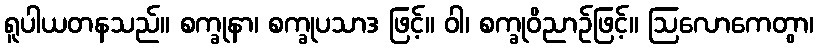
ရူပါယတနသည်။ စက္ခုနာ၊ စက္ခုပသာဒ ဖြင့်။ ဝါ၊ စက္ခုဝိညာဉ်ဖြင့်။ ဩလောကေတွာ၊